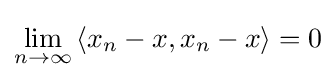
\lim _{n\to \infty }{\langle x_{n}-x,x_{n}-x\rangle }=0